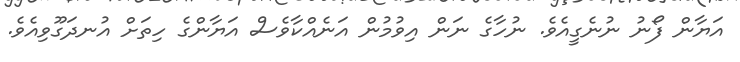
އަޔާން ފޯނު ނުނެގީއެވެ. ނުހާގެ ނަން އިވުމުން އަނެއްކާވެސް އަޔާންގެ ހިތަށް އުނދަގޫވިއެވެ.